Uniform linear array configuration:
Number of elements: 8
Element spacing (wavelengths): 0.25
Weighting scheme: blackman
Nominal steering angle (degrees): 0
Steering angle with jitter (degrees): -1.72
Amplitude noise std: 0.05
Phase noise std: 0.05

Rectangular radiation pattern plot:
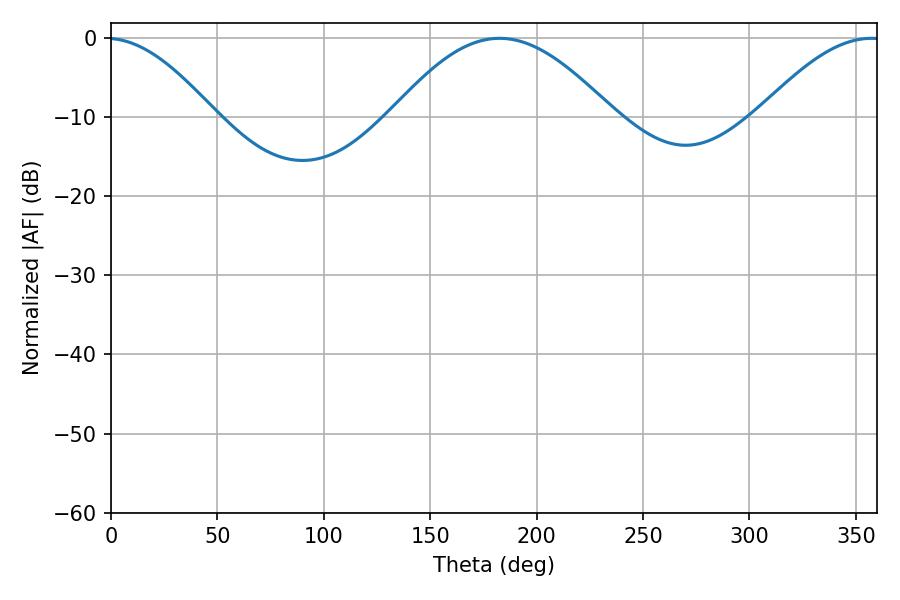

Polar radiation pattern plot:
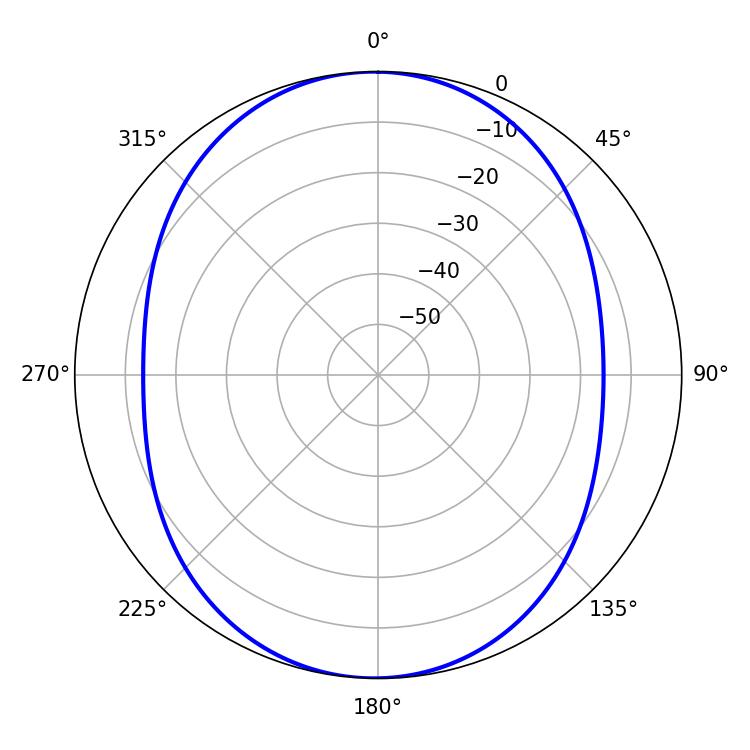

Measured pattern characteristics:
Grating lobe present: FALSE
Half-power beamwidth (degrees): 56.16
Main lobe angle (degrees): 182.52